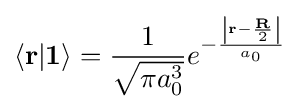
\left\langle \mathbf {r} |\mathbf {1} \right\rangle ={\frac {1}{\sqrt {\pi a_{0}^{3}}}}{{e}^{-{\frac {\left|\mathbf {r} -{\frac {\mathbf {R} }{2}}\right|}{{a}_{0}}}}}